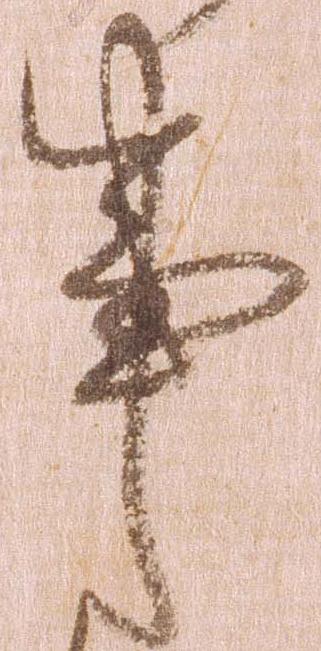
事